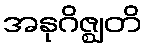
အနုဂိဇ္ဈတိ